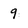
Character: 9